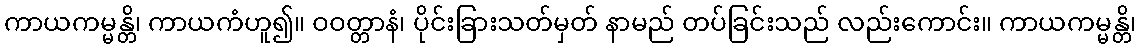
ကာယကမ္မန္တိ၊ ကာယကံဟူ၍။ ဝဝတ္တာနံ၊ ပိုင်းခြားသတ်မှတ် နာမည် တပ်ခြင်းသည် လည်းကောင်း။ ကာယကမ္မန္တိ၊